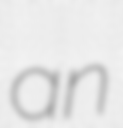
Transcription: an